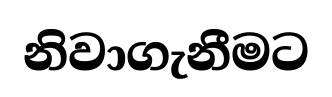
නිවාගැනීමට